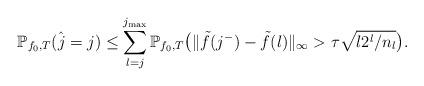
LaTeX: \begin{align*}\mathbb{P}_{f_0,T}(\hat{j}=j)\leq \sum_{l=j}^{j_{\max}}\mathbb{P}_{f_0,T}\big(\|\tilde{f}(j^-)- \tilde{f}(l)\|_\infty> \tau \sqrt{l2^l/n_l} \big).\end{align*}